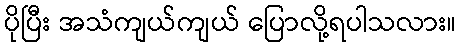
ပိုပြီး အသံကျယ်ကျယ် ပြောလို့ရပါသလား။